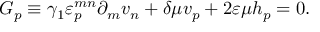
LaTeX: G _ { p } \equiv \gamma _ { 1 } \varepsilon _ { p } ^ { m n } \partial _ { m } v _ { n } + \delta \mu v _ { p } + 2 \varepsilon \mu h _ { p } = 0 .